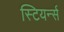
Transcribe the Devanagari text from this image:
स्टियर्न्स